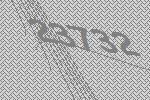
23732